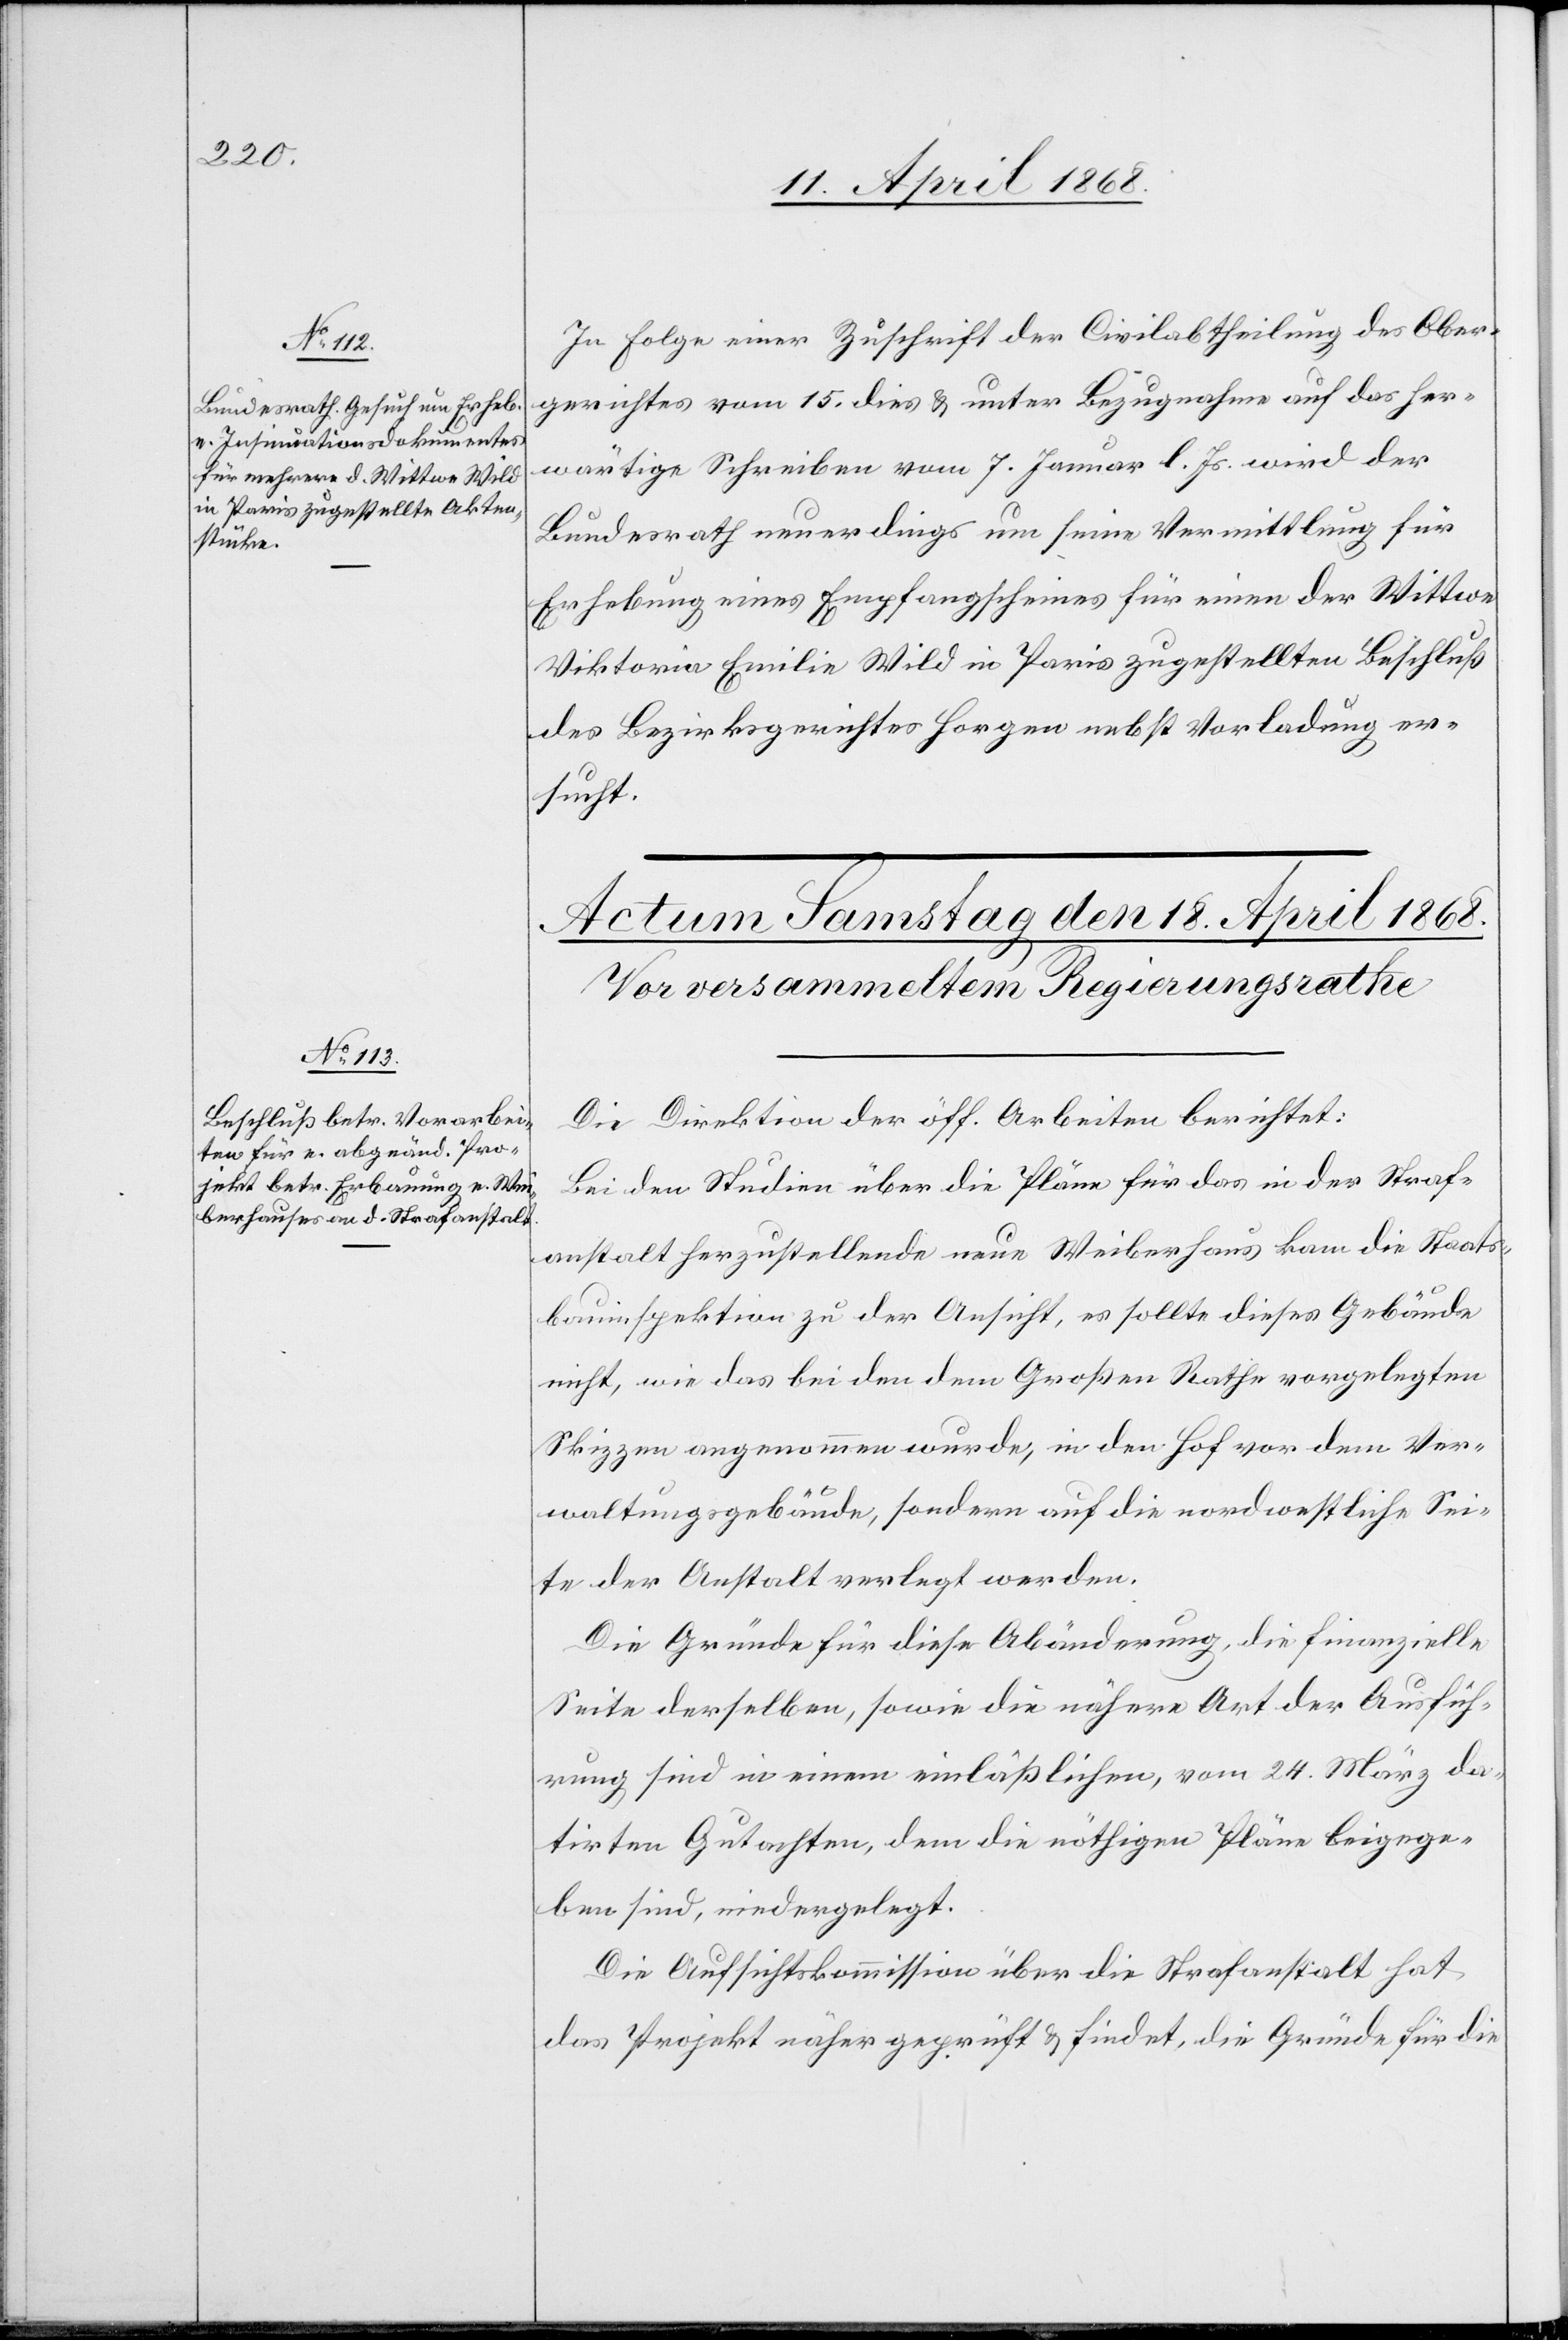
17. April 1868.]
In Folge einer Zuschrift der Civilabtheilung des Ober¬
gerichtes vom 15. dies & unter Bezugnahme auf das her¬
wärtige Schreiben vom 7. Januar l. Js. wird der
Bundesrath neuerdings um seine Vermittlung für
Erhebung eines Empfangscheines für einen der Wittwe
Viktoria Emilie Wild in Paris zugestellten Beschluß
des Bezirksgerichtes Horgen nebst Vorladung er¬
sucht.
Die Direktion der öff. Arbeiten berichtet:
Bei den Studien über die Pläne für das in der Straf¬
anstalt herzustellende neue Weiberhaus kam die Staats¬
bauinspektion zu der Ansicht, es sollte dieses Gebäude
nicht, wie das bei den dem Großen Rathe vorgelegten
Skizzen angenommen wurde, in den Hof vor dem Ver¬
waltungsgebäude, sondern auf die nordwestliche Sei¬
te der Anstalt verlegt werden.
Die Gründe für diese Abänderung, die finanzielle
Seite derselben, sowie die nähere Art der Ausfüh¬
rung sind in einem einläßlichen, vom 24. März da¬
tirten Gutachten, dem die nöthigen Pläne beigege¬
ben sind, niedergelegt.
Die Aufsichtskommission über die Strafanstalt hat
das Projekt näher geprüft & findet, die Gründe für die